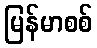
မြန်မာစစ်